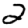
Digit: 2